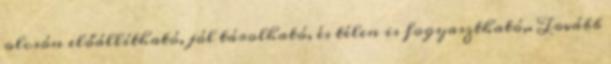
olcsón előállítható, jól tárolható, és télen is fogyasztható,. Tovább